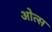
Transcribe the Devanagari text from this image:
ओत्स